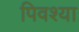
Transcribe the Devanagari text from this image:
पिवश्या